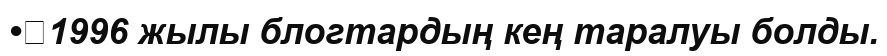
•	1996 жылы блогтардың кең таралуы болды.